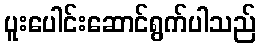
ပူးပေါင်းဆောင်ရွက်ပါသည်